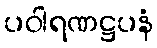
ပဝါရဏဋ္ဌပနံ